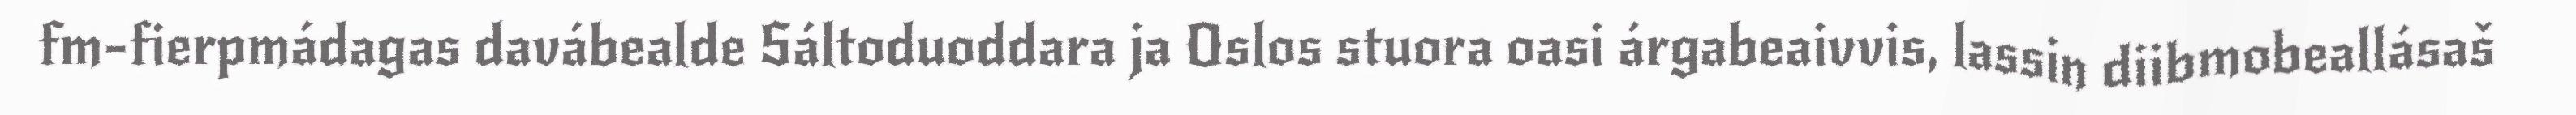
fm-fierpmádagas davábealde Sáltoduoddara ja Oslos stuora oasi árgabeaivvis, lassin diibmobeallásaš